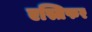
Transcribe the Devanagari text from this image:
एस्तिफर